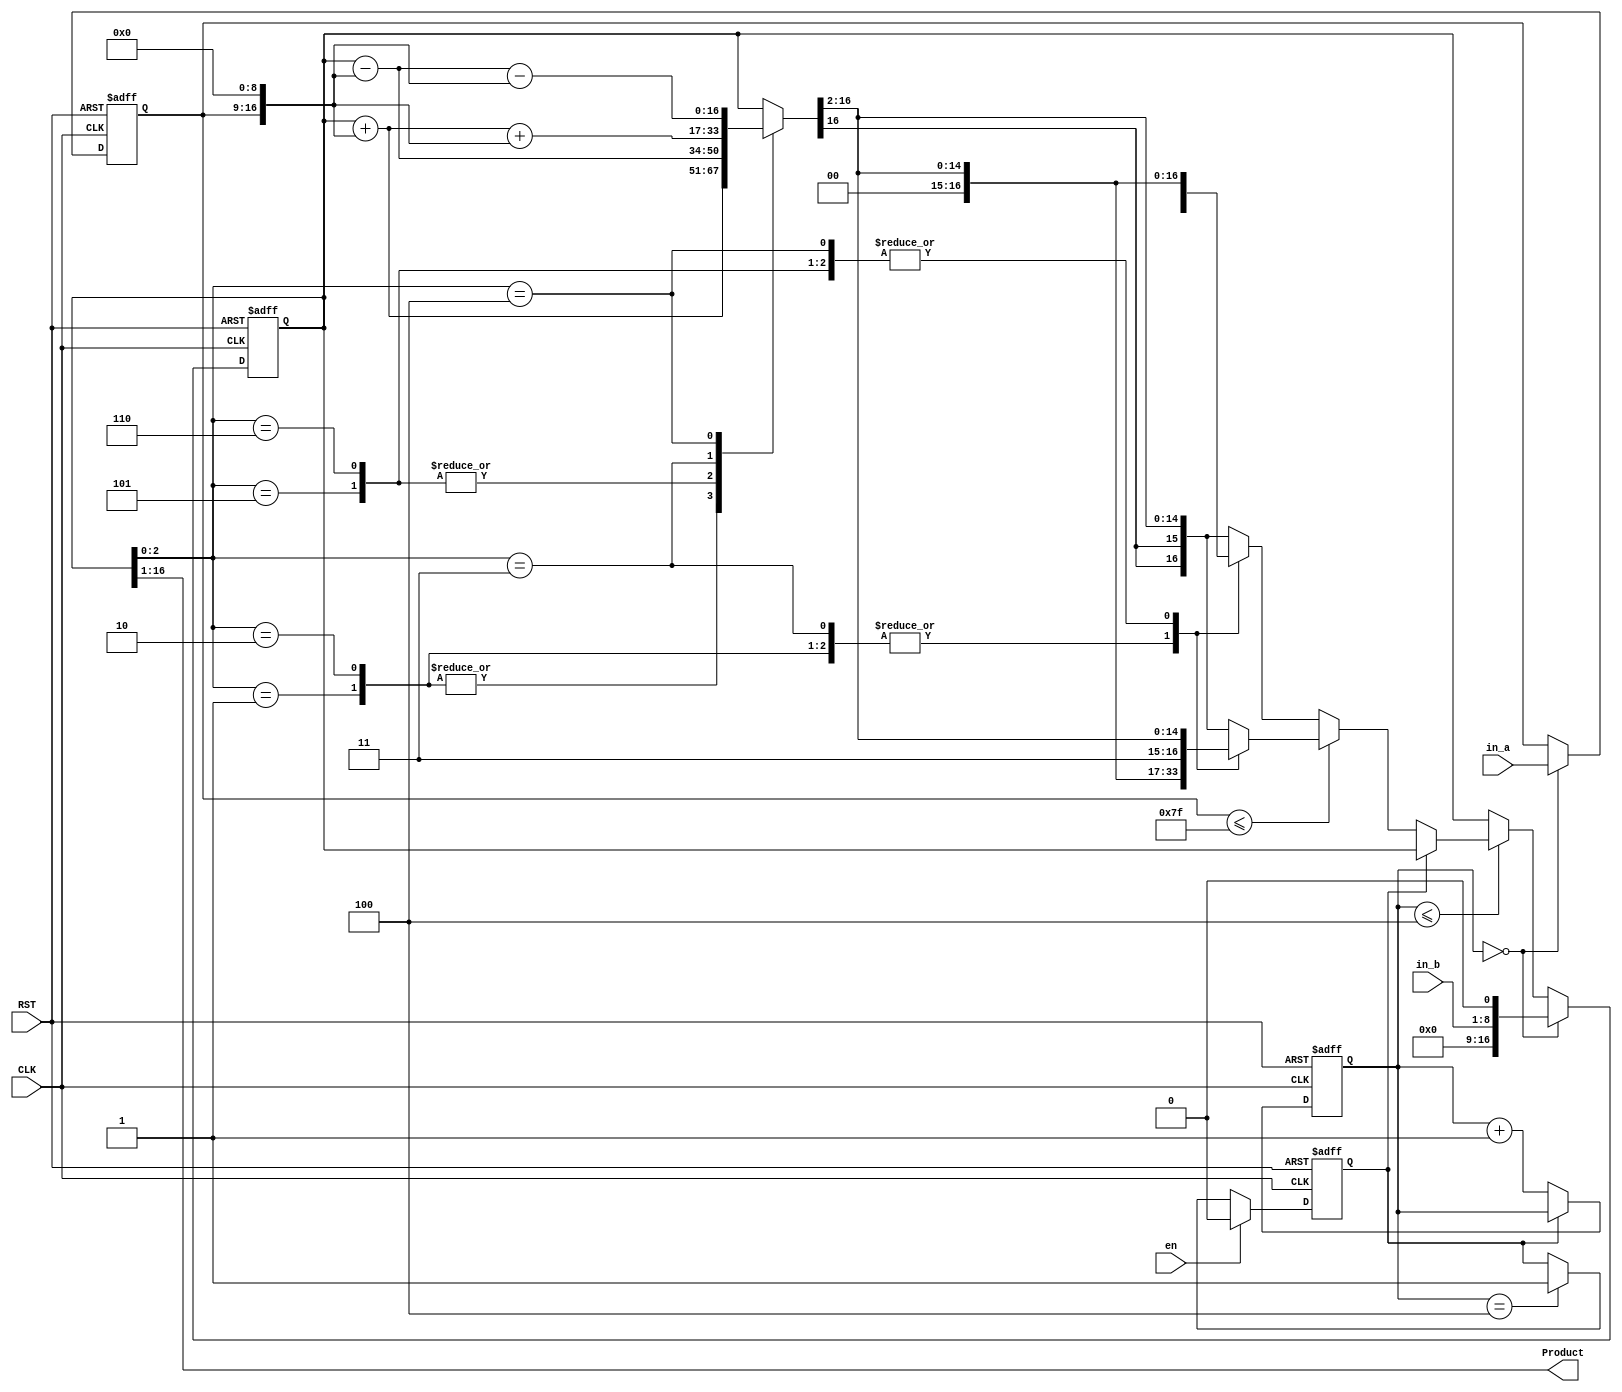

`timescale 1ns/1ps

module lab(
	CLK, 
	RST,
	en,
	in_a, 
	in_b, 
	Product
);
// in_a * in_b = Product
// in_a is Multiplicand , in_b is Multiplier
					

input 			CLK, RST;
input			en;
input 	[7:0]	in_a;			// Multiplicand
input  	[7:0]	in_b;			// Multiplier
output	[15:0]  	Product;

reg 		  [7:0] Mplicand;		
reg signed    [16:0]	Product_booth;
reg       	  [2:0] deter ;
reg 		  [2:0]  Counter;
assign Product = Product_booth[16:1];
reg mpy_done;
reg signed [16:0] Product_booth_temp;
reg signed [16:0] Product_booth_shift_temp;

always @(posedge CLK or posedge RST) begin
	if(RST)
		mpy_done <= 1'b1;
	else if(en)
		mpy_done <= 1'b0;
	else if(Counter==3'd4)
		mpy_done <= 1'b1;
	else
		mpy_done <= mpy_done;
end

//Counter
always @(posedge CLK or posedge RST)
begin
	if (RST)
		Counter <= 3'b0;
	else if (~mpy_done)
		Counter <= Counter + 1'b1;
	else
		Counter <= Counter;
end

//Product
always @(posedge CLK or posedge RST)
begin
	if (RST) begin
		Product_booth  <= 17'b0;
		Mplicand <= 8'b0;
	end

	else if (Counter == 3'd0) begin
		Mplicand <= in_a;
		Product_booth <= {8'b0, in_b, 1'b0};	
	end
	
	else if (Counter <= 3'd4)begin
	/**Your design **/
	   //Product_booth = 100;
        //Product_booth <= {8'b0, in_b, 1'b0};
           if ( mpy_done == 1'b0 ) begin
               Product_booth <= Product_booth_shift_temp;
            end
            //sequential circuit 

	end
	else begin
		Product_booth <= Product_booth;
		Mplicand	<= Mplicand;
	end
end

//combin circuit
always@(*)begin
    if ( Mplicand <= 127 ) begin// + 
        case ( Product_booth[2:0] )
            3'b001:begin//001 +A, +A is + sign 
                Product_booth_temp <= (Product_booth + {Mplicand,9'b0}) ; 
                Product_booth_shift_temp <= {1'b0,1'b0,Product_booth_temp[16:2]};
            end
            3'b010:begin//001 +A
                Product_booth_temp <= (Product_booth + {Mplicand,9'b0}) ;
                Product_booth_shift_temp <= {1'b0,1'b0,Product_booth_temp[16:2]}; 
            end
            3'b101:begin//101 -A
                Product_booth_temp <= (Product_booth - {Mplicand,9'b0}) ;
                Product_booth_shift_temp <= {1'b1,1'b1,Product_booth_temp[16:2]};
            end
            3'b110:begin//110 -A
                Product_booth_temp <= (Product_booth - {Mplicand,9'b0});
                Product_booth_shift_temp <= {1'b1,1'b1,Product_booth_temp[16:2]};
            end
            3'b011:begin
                Product_booth_temp <= (Product_booth + {Mplicand,9'b0} +{Mplicand,9'b0}) ;
                Product_booth_shift_temp <= {1'b0,1'b0,Product_booth_temp[16:2]};
            end
            3'b100:begin
                Product_booth_temp <= (Product_booth - {Mplicand,9'b0} -{Mplicand,9'b0} ) ;
                Product_booth_shift_temp <= {1'b1,1'b1,Product_booth_temp[16:2]};
           end
           default:begin
                Product_booth_temp <= Product_booth;
                Product_booth_shift_temp <= {Product_booth_temp[16],Product_booth_temp[16],Product_booth_temp[16:2]};
           end
        endcase
    end
    else begin // - 
        case ( Product_booth[2:0] )
            3'b001:begin
                Product_booth_temp <= (Product_booth + {Mplicand,9'b0}) ; 
                Product_booth_shift_temp <= {1'b1,1'b1,Product_booth_temp[16:2]};
            end
            3'b010:begin
                Product_booth_temp <= (Product_booth + {Mplicand,9'b0}) ;
                Product_booth_shift_temp <= {1'b1,1'b1,Product_booth_temp[16:2]}; 
            end
            3'b101:begin
                Product_booth_temp <= (Product_booth - {Mplicand,9'b0}) ;
                Product_booth_shift_temp <= {1'b0,1'b0,Product_booth_temp[16:2]};
            end
            3'b110:begin
                Product_booth_temp <= (Product_booth - {Mplicand,9'b0});
                Product_booth_shift_temp <= {1'b0,1'b0,Product_booth_temp[16:2]};
            end
            3'b011:begin
                Product_booth_temp <= (Product_booth + {Mplicand,9'b0} +{Mplicand,9'b0}) ;
                Product_booth_shift_temp <= {1'b1,1'b1,Product_booth_temp[16:2]};
            end
            3'b100:begin
                Product_booth_temp <= (Product_booth - {Mplicand,9'b0} -{Mplicand,9'b0} ) ;
                Product_booth_shift_temp <= {1'b0,1'b0,Product_booth_temp[16:2]};
           end
           default:begin
                Product_booth_temp <= Product_booth;
                Product_booth_shift_temp <= {Product_booth_temp[16],Product_booth_temp[16],Product_booth_temp[16:2]};
           end
        endcase
    end

end

endmodule